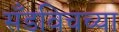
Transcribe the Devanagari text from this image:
सँडविचच्या